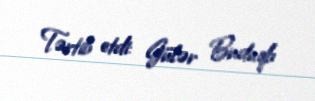
Tərtib etdi: Gülər Budaqlı